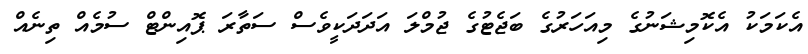
އެކަމަކު އެކޮމިޝަނުގެ މިއަހަރުގެ ބަޖެޓުގެ ޖުމްލަ އަދަދަކީވެސް ސަތާރަ ޕޮއިންޓް ސުމެއް ތިނެއް